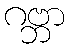
ဂဗ္ဘာ